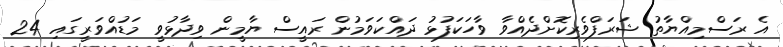
އެ ރަސްމިއްޔާތު ޝަރަފްވެރިކޮށްދެއްވާ ވާހަކަފުޅު ދައްކަވަމުން ރައީސް ޔާމީން ވިދާޅުވީ މަޑުއްވަރީގައި 24